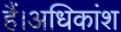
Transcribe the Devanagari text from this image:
हैं।अधिकांश